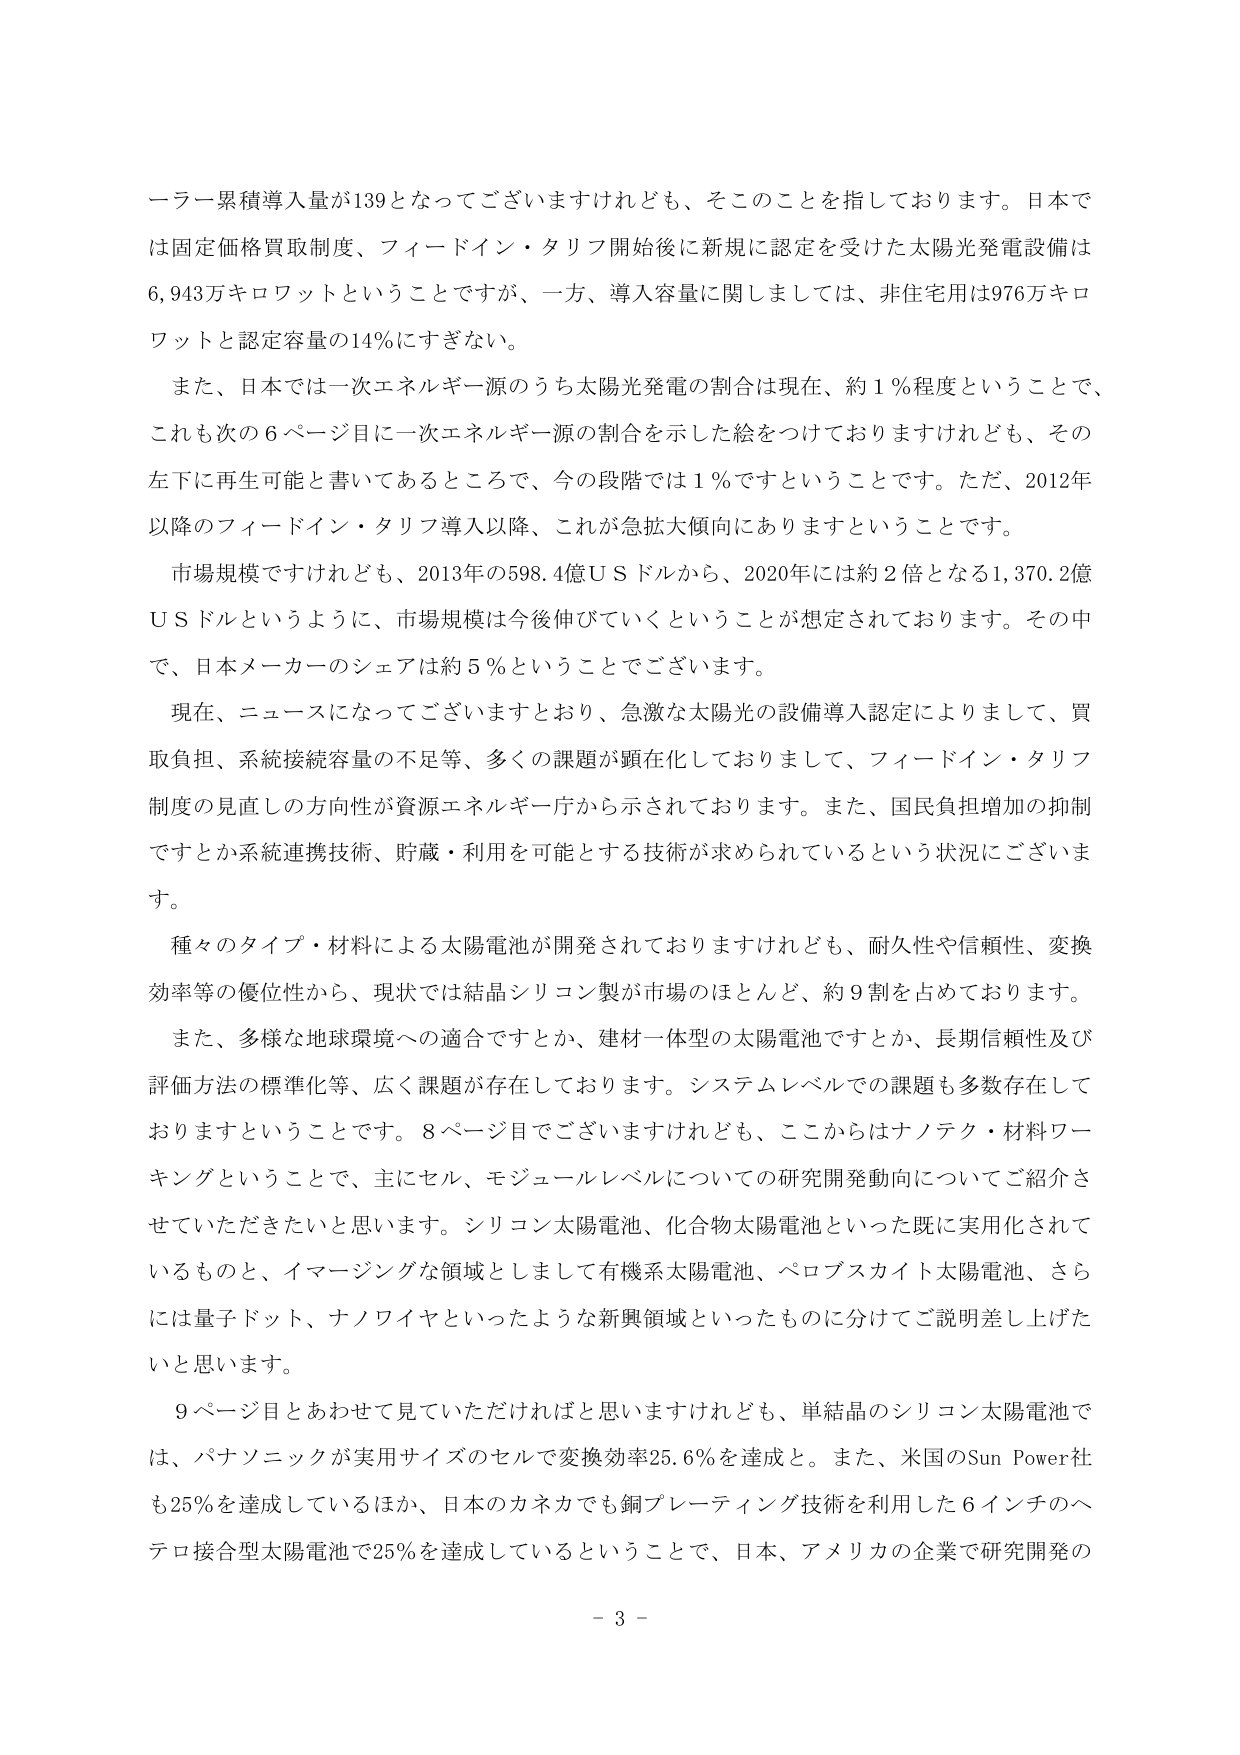
ーラー累積導入量が139となってございますけれども、そこのことを指しております。日本では固定価格買取制度、フィードイン・タリフ開始後に新規に認定を受けた太陽光発電設備は6,943万キロワットということですが、一方、導入容量に関しましては、非住宅用は976万キロワットと認定容量の14％にすぎない。

また、日本では一次エネルギー源のうち太陽光発電の割合は現在、約1％程度ということで、これも次の6ページ目に一次エネルギー源の割合を示した絵をつけておりますけれども、その左下に再生可能と書いてあるところで、今の段階では1％ですということです。ただ、2012年以降のフィードイン・タリフ導入以降、これが急拡大傾向にありますということです。

市場規模ですけれども、2013年の598.4億ＵＳドルから、2020年には約2倍となる1,370.2億ＵＳドルというように、市場規模は今後伸びていくということが想定されております。その中で、日本メーカーのシェアは約5％ということでございます。

現在、ニュースになってございますとおり、急激な太陽光の設備導入認定によりまして、買取負担、系統接続容量の不足等、多くの課題が顕在化しておりまして、フィードイン・タリフ制度の見直しの方向性が資源エネルギー庁から示されております。また、国民負担増加の抑制ですとか系統連携技術、貯蔵・利用を可能とする技術が求められているという状況にございます。

種々のタイプ・材料による太陽電池が開発されておりますけれども、耐久性や信頼性、変換効率等の優位性から、現状では結晶シリコン製が市場のほとんど、約9割を占めております。

また、多様な地球環境への適合ですとか、建材一体型の太陽電池ですとか、長期信頼性及び評価方法の標準化等、広く課題が存在しております。システムレベルでの課題も多数存在しておりますということです。8ページ目でございますけれども、ここからはナノテク・材料ワーキングということで、主にセル、モジュールレベルについての研究開発動向についてご紹介させていただきたいと思います。シリコン太陽電池、化合物太陽電池といった既に実用化されているものと、イマージングな領域として有機系太陽電池、ペロブスカイト太陽電池、さらには量子ドット、ナノワイヤといったような新興領域といったものに分けてご説明差し上げたいと思います。

9ページ目とあわせて見ていただければと思いますけれども、単結晶のシリコン太陽電池では、パナソニックが実用サイズのセルで変換効率25.6％を達成と。また、米国のSun Power社も25％を達成しているほか、日本のカネカでも銅プレーティング技術を利用した6インチのヘテロ接合型太陽電池で25％を達成しているということで、日本、アメリカの企業で研究開発の

- 3 -